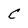
Character: C